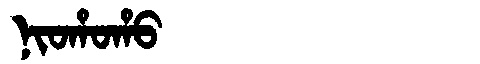
Manchu: ᠨᡳᠣᡥᠣᡥᠣ
Romanization: NIOHOHO